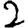
Digit: 2